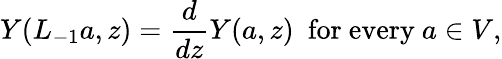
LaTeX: Y(L_{-1}a,z)=\frac{d}{dz}Y(a,z)\ \ \mathrm{for~every~}a\in V,